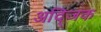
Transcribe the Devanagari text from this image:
अद्जिक